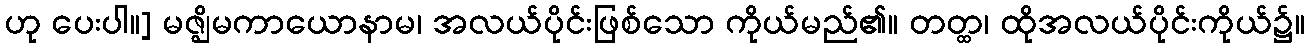
ဟု ပေးပါ။] မဇ္ဈိမကာယောနာမ၊ အလယ်ပိုင်းဖြစ်သော ကိုယ်မည်၏။ တတ္ထ၊ ထိုအလယ်ပိုင်းကိုယ်၌။